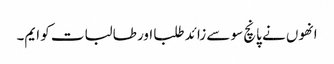
انھوں نے پانچ سو سے زائد طلبا اور طالبات کو ایم۔